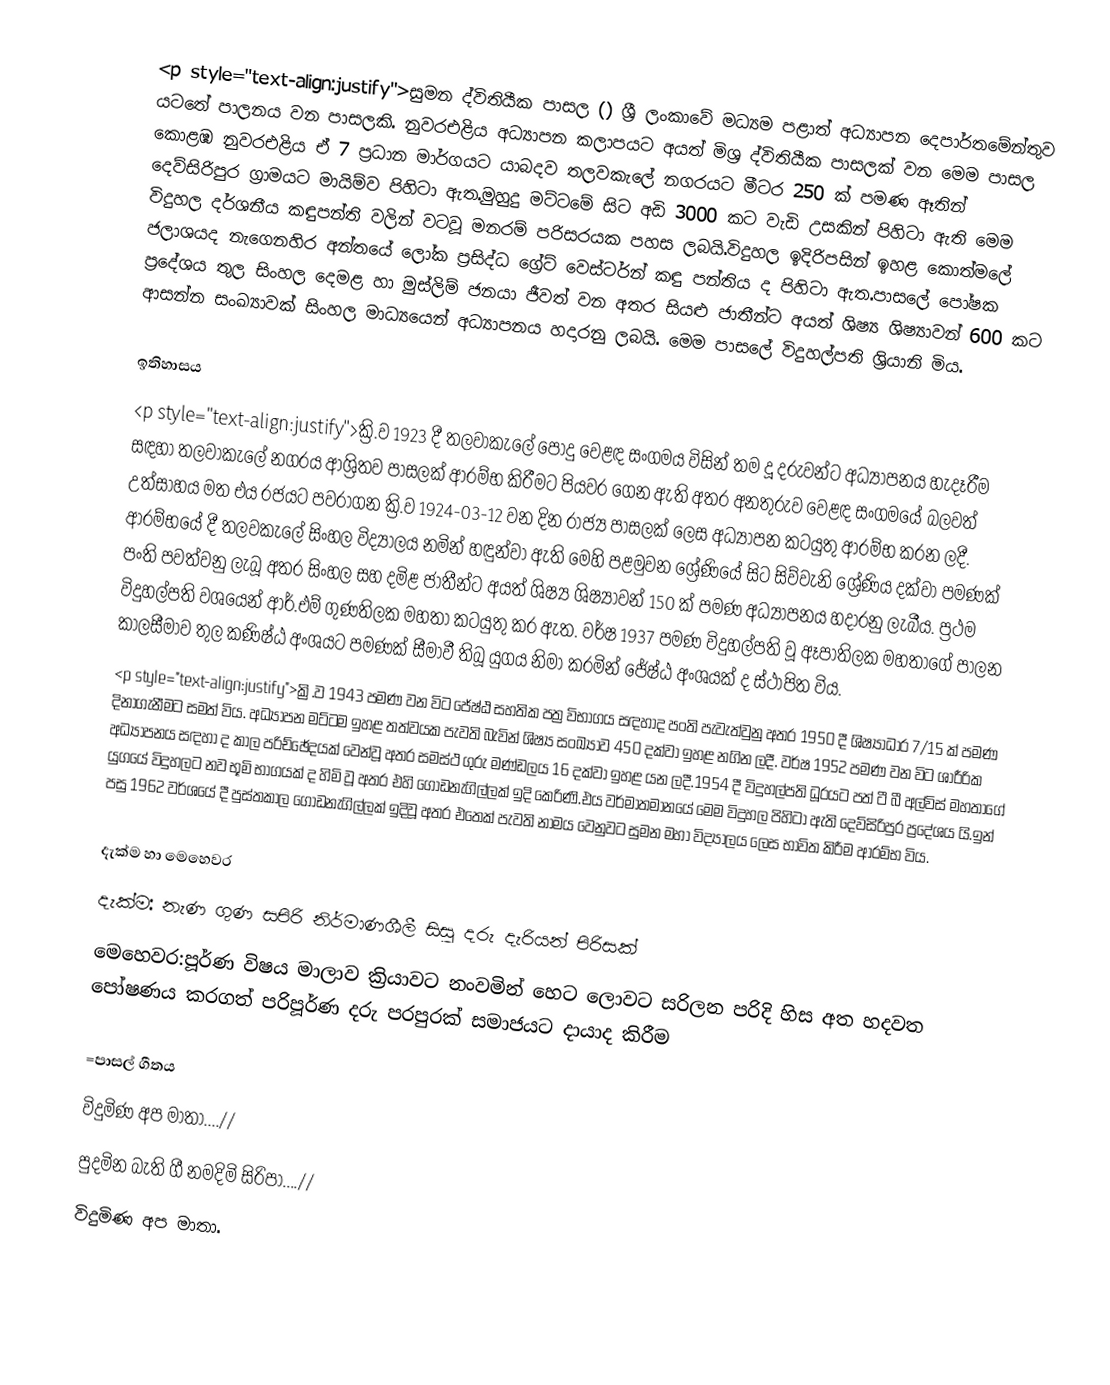
<p style="text-align:justify">සුමන ද්විතියීක පාසල () ශ්‍රී ලංකාවේ මධ්‍යම පළාත් අධ්‍යාපන දෙපාර්තමේන්තුව යටතේ පාලනය වන පාසලකි. නුවරඑළිය අධ්‍යාපන කලාපයට අයත් මිශ්‍ර ද්විතියීක පාසලක් වන මෙම පාසල කොළඹ නුවරඑළිය ඒ 7 ප්‍රධාන මාර්ගයට යාබදව තලවකැලේ නගරයට මීටර 250 ක් පමණ ඈතින් දෙව්සිරිපුර ග්‍රාමයට මායිම්ව පිහිටා ඇත.මුහුදු මට්ටමේ සිට අඩි 3000 කට වැඩි උසකින් පිහිටා ඇති මෙම විදුහල දර්ශනීය කඳුපන්ති වලින් වටවූ මනරම් පරිසරයක පහස ලබයි.විදුහල ඉදිරිපසින් ඉහළ කොත්මලේ ජලාශයද නැගෙනහිර අන්තයේ ලෝක ප්‍රසිද්ධ ග්‍රේට් වෙස්ටර්න් කඳු පන්තිය ද පිහිටා ඇත.පාසලේ පෝෂක ප්‍රදේශය තුල සිංහල දෙමළ හා මුස්ලිම් ජනයා ජීවත් වන අතර සියළු ජාතීන්ට අයත් ශිෂ්‍ය ශිෂ්‍යාවන් 600 කට ආසන්න සංඛ්‍යාවක් සිංහල මාධ්‍යයෙන් අධ්‍යාපනය හදාරනු ලබයි. මෙම පාසලේ   විදුහල්පති  ශ්‍රියානි මිය.

ඉතිහාසය
<p style="text-align:justify">ක්‍රි.ව 1923 දී තලවාකැලේ පොදු වෙළඳ සංගමය විසින් තම දූ දරුවන්ට අධ්‍යාපනය හැදෑරීම සඳහා තලවාකැලේ නගරය ආශ්‍රිතව පාසලක් ආරම්භ කිරීමට පියවර ගෙන ඇති අතර අනතුරුව වෙළඳ සංගමයේ බලවත් උත්සාහය මත එය රජයට පවරාගන ක්‍රි.ව 1924-03-12 වන දින රාජ්‍ය පාසලක් ලෙස අධ්‍යාපන කටයුතු ආරම්භ කරන ලදී. ආරම්භයේ දී  තලවකැලේ සිංහල විද්‍යාලය නමින් හඳුන්වා ඇති මෙහි පළමුවන ශ්‍රේණියේ සිට සිව්වැනි ශ්‍රේණිය දක්වා පමණක් පංති පවත්වනු ලැබූ අතර සිංහල සහ දමිළ ජාතීන්ට අයත් ශිෂ්‍ය ශිෂ්‍යාවන් 150 ක් පමණ අධ්‍යාපනය හදාරනු ලැබීය. ප්‍රථම විදුහල්පති වශයෙන් ආර්.එම් ගුණතිලක මහතා කටයුතු කර ඇත. වර්ෂ 1937 පමණ විදුහල්පති වූ ඈපාතිලක මහතාගේ පාලන කාලසීමාව තුල කණිෂ්ඨ අංශයට පමණක් සීමාවී තිබූ යුගය නිමා කරමින් ජේෂ්ඨ අංශයක් ද ස්ථාපිත විය.
<p style="text-align:justify">ක්‍රි.ව 1943 පමණ වන විට ජේෂ්ඨ සහතික පත්‍ර විභාගය සඳහාද පංති පැවැත්වුනු අතර 1950 දී ශිෂ්‍යාධාර 7/15 ක් පමණ දිනාගැනීමට සමත් විය. අධ්‍යාපන මට්ටම ඉහළ තත්වයක පැවති බැවින් ශිෂ්‍ය සංඛ්‍යාව 450 දක්වා ඉහළ නගින ලදී. වර්ෂ 1952 පමණ වන විට ශාරීරික අධ්‍යාපනය සඳහා ද කාල පරිච්ඡේදයක් වෙන්වූ අතර සමස්ථ ගුරු මණ්ඩලය 16 දක්වා ඉහළ යන ලදී.1954 දී විදුහල්පති ධූරයට පත් ටී බී අල්විස් මහතාගේ යුගයේ විදුහලට නව භූමි භාගයක් ද හිමි වූ අතර එහි ගොඩනැගිල්ලක් ඉදි කෙරිණි.එය වර්මාතමානයේ මෙම විදුහල පිහිටා ඇති දෙව්සිරිපුර ප්‍රදේශය යි.ඉන් පසු 1962 වර්ශයේ දී පුස්තකාල ගොඩනැගිල්ලක් ඉදිවූ අතර එතෙක් පැවති නාමය වෙනුවට සුමන මහා විද්‍යාලය ලෙස භාවිත කිරීම ආරම්භ විය.

දැක්ම හා මෙහෙවර
දැක්ම: නැණ ගුණ සපිරි නිර්මාණශීලී සිසු දරු දැරියන් පිරිසක්
මෙහෙවර:පූර්ණ විෂය මාලාව ක්‍රියාවට නංවමින් හෙට ලොවට සරිලන පරිදි හිස අත හදවත පෝෂණය කරගත් පරිපූර්ණ දරු පරපුරක් සමාජයට දායාද කිරීම

=පාසල් ගීතය
විදුමිණ අප මාතා....//
පුදමින බැති ගී නමදිමි සිරිපා....//
විදුමිණ අප මාතා.